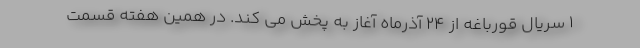
1 سریال قورباغه از 24 آذرماه آغاز به پخش می کند. در همین هفته قسمت